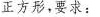
正方形，要求：